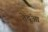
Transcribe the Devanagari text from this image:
तेदूंआ